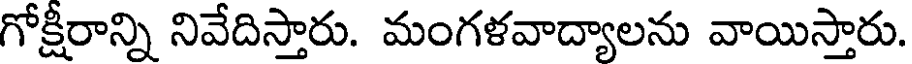
గోక్షీరాన్ని నివేదిస్తారు. మంగళవాద్యాలను వాయిస్తారు.